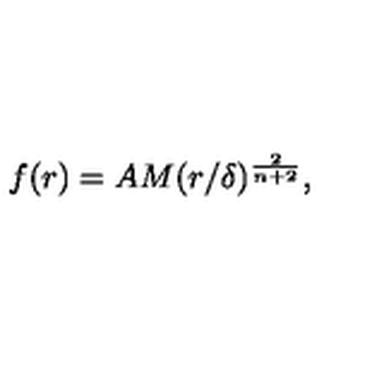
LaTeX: f ( r ) = A M ( r / \delta ) ^ { \frac { 2 } { n + 2 } } ,